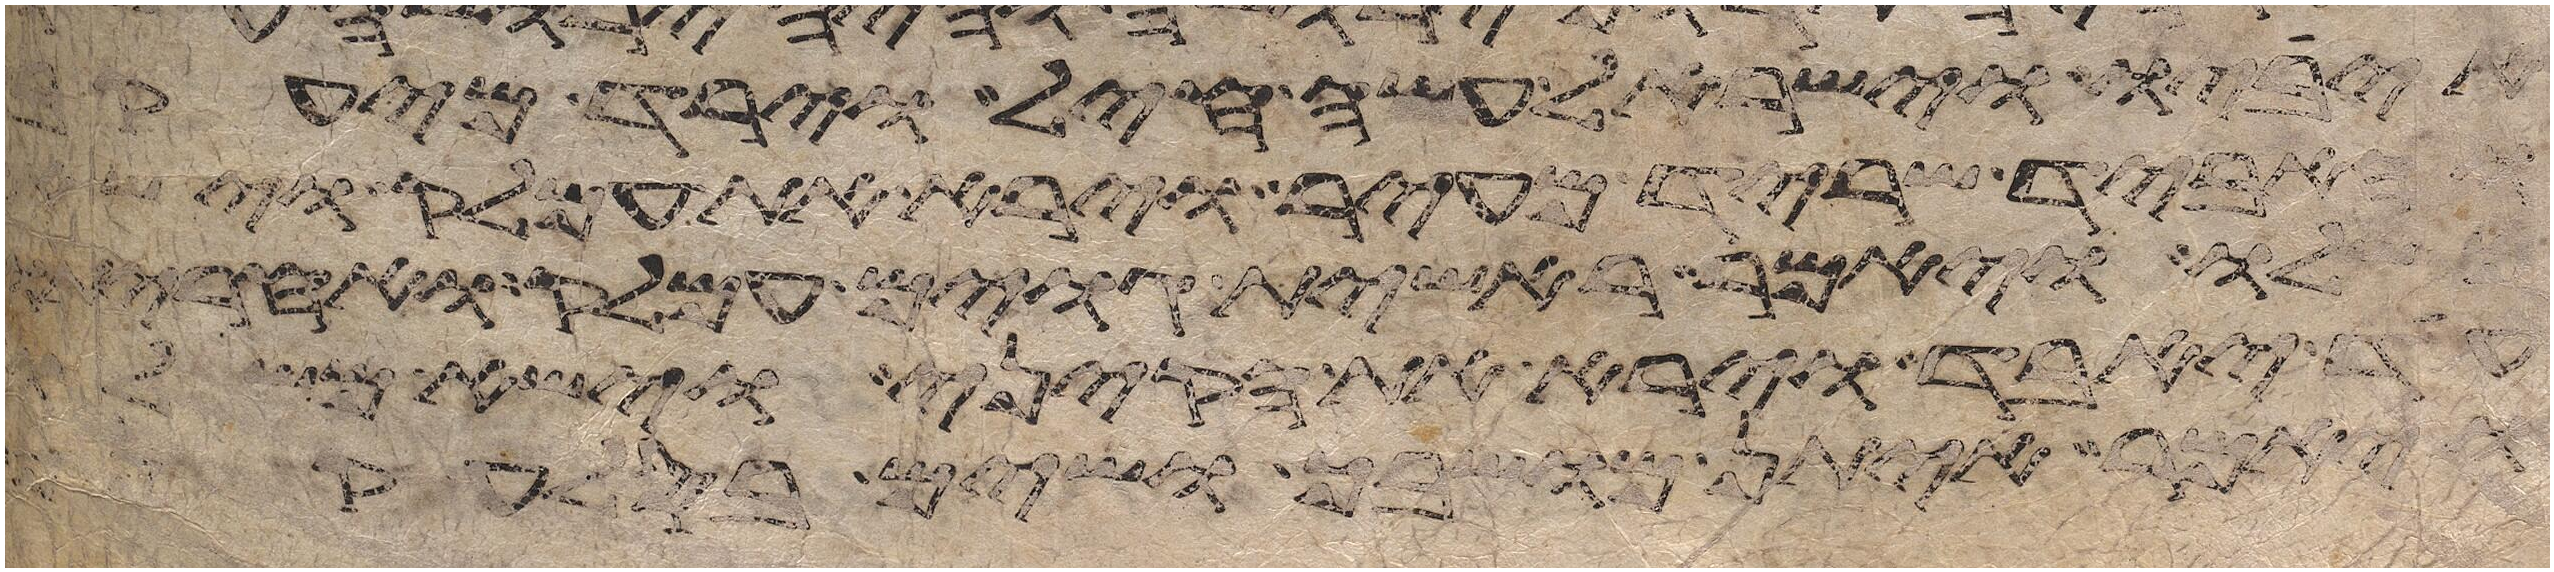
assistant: איביו וישראל עשה חיל וירד מיעקב
והאביד שריד מעיר וירא את עמלק וישא
משלו ויאמר ראשית גוים עמלק ואחריתו
עד יאבד וירא את הקיני וישא משלו
ויאמר איתן מושבך ושים בסלע